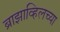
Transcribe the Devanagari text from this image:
ब्राझाव्हिलच्या